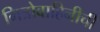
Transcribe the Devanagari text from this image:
मित्रोबाहिनीची